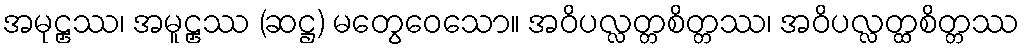
အမုဠှဿ၊ အမူဠှဿ (ဆဋ္ဌ) မတွေဝေသော။ အဝိပလ္လတ္တစိတ္တဿ၊ အဝိပလ္လတ္ထစိတ္တဿ